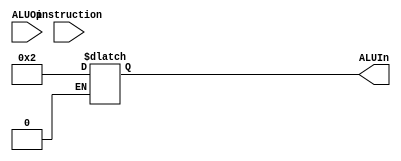
module alu_control(ALUOp,instruction,ALUIn);
 input [1:0] ALUOp;
 input [3:0] instruction;
 output reg[3:0] ALUIn;
 wire [11:0] ALUControlIn;
 
 assign ALUControlIn = {ALUOp,instruction};
 always @(ALUControlIn)
     casex (ALUControlIn)
         12'b00xxxxxxxxxx: ALUIn=4'b0010;
         12'bx1xxxxxxxxxx: ALUIn=4'b0110;
         12'b1x0000000000: ALUIn=4'b0010;
         12'b1x0100000000: ALUIn=4'b0110;
         12'b1x0000000111: ALUIn=4'b0000;
         12'b1x0000000110: ALUIn=4'b0001;
      endcase
endmodule